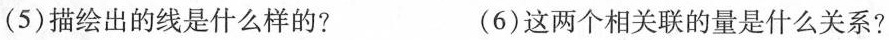
(5)描绘出的线是什么样的? (6)这两个相关联的量是什么关系?